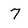
Character: 7